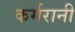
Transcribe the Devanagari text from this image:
कर्मरानी